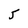
Character: 5